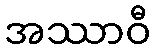
အဿာဝီ